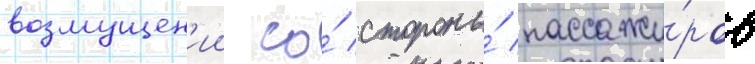
возмущен'ии со́ стороны́ пассажи́ров